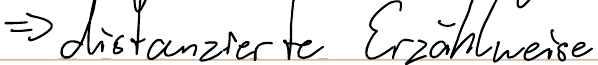
=> distanzierte Erzählweise